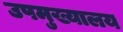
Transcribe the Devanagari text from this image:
उपमुख्यालय